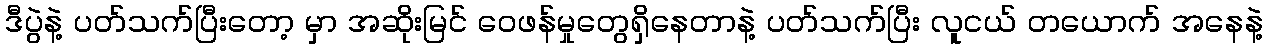
ဒီပွဲနဲ့ ပတ်သက်ပြီးတော့ မှာ အဆိုးမြင် ဝေဖန်မှုတွေရှိနေတာနဲ့ ပတ်သက်ပြီး လူငယ် တယောက် အနေနဲ့